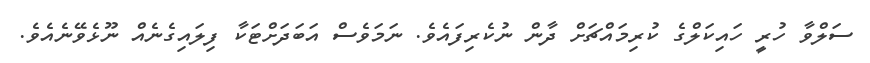
ސަލްވާ ހުރީ ހައިކަލްގެ ކުރިމައްޗަށް ދާން ނުކެރިފައެވެ. ނަމަވެސް އަބަދަށްޓަކާ ފިލައިގެނެއް ނޫޅެވޭނެއެވެ.